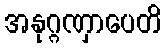
အနုဂ္ဂဏှာပေတိ